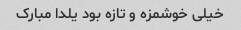
خیلی خوشمزه و تازه بود یلدا مبارک